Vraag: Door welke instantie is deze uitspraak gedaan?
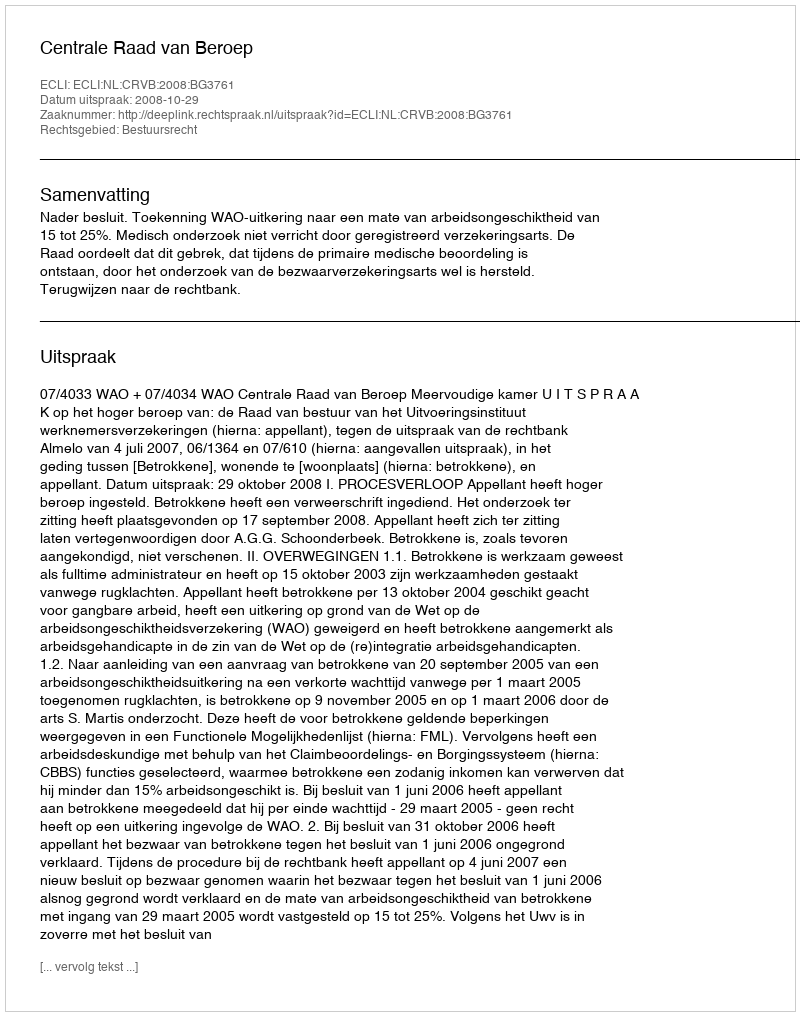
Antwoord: Centrale Raad van Beroep